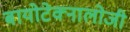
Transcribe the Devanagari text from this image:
बायोटेक्नालोजी